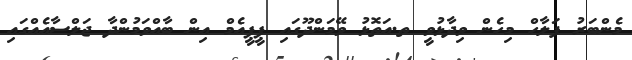
މެންބަރު ފަލާހް މިހެން ވިދާޅުވީ ތ.އަތޮޅު ވޭމަންދޫގައި ޕީޕީއެމް އިން ބާއްވަމުންދާ ޖަލްސާއެއްގައި